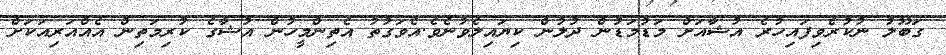
ގަބޫލު ނުކުރެވިފައިހުރެ އުޝާއަށް މަޑުމަޑުން ދުލުން ކިޔައިލެވުނެވެ.އެވަގުތު އެތިންމީހުން އުޝާގެ ކުރިމަތިން އެއްއަރިއަކަށް